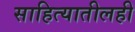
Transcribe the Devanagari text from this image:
साहित्यातीलही